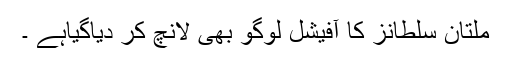
ملتان سلطانز کا آفیشل لوگو بھی لانچ کر دیاگیاہے ۔